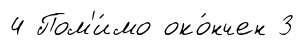
4 Пом'и́мо око́нчен 3